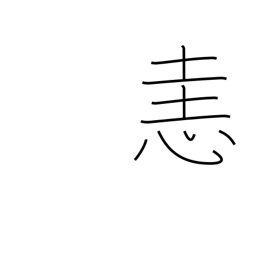
Meaning: anger